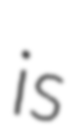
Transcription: is